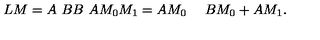
L M = { \binom { A \ B } { B \ A } } { \binom { M _ { 0 } } { M _ { 1 } } } = { \binom { A M _ { 0 } \ \quad } { B M _ { 0 } + A M _ { 1 } } } .